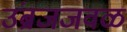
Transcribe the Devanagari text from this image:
उंब्रजजवळ